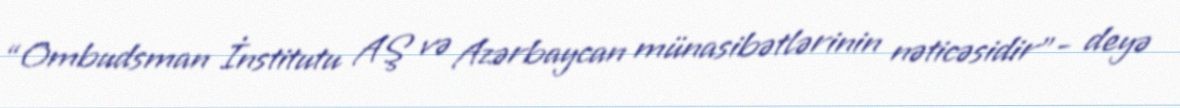
“Ombudsman İnstitutu AŞ və Azərbaycan münasibətlərinin nəticəsidir”- deyə